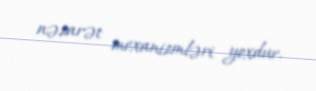
nəzarət mexanizmləri yoxdur.